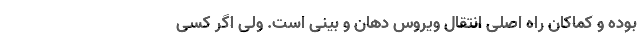
بوده و کماکان راه اصلی انتقال ویروس دهان و بینی است. ولی اگر کسی